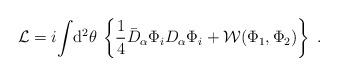
LaTeX: \begin{align*}{\cal L} =i\!\int\! {\rm d}^2\theta\, \left\{ \frac{1}{4}\bar D_\alpha\Phi_iD_\alpha\Phi_i +{\cal W}(\Phi_1, \Phi_2 )\right\}\;.\end{align*}